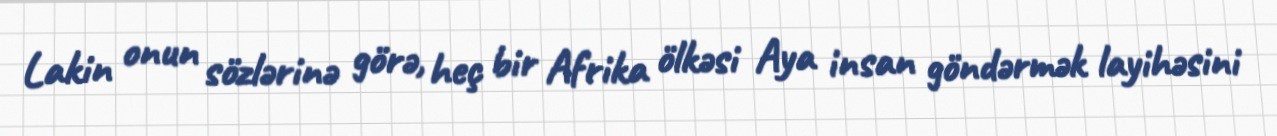
Lakin onun sözlərinə görə, heç bir Afrika ölkəsi Aya insan göndərmək layihəsini